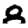
Digit: 8